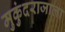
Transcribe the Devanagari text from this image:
मुकुंदराजाला